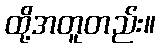
ထို့အတူတည်း။